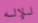
للإله